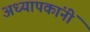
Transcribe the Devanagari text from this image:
अध्यापकांनीं